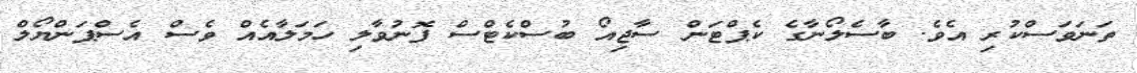
ތަނަވަސްކުރި އެވެ. ބާސެލޯނާގެ ކެޕްޓަން ސާޖިއޯ ބުސްކެޓްސް ފޮނުވާލި ހަމަލާއެއް ވެސް އެސްޕަންޔޯލް